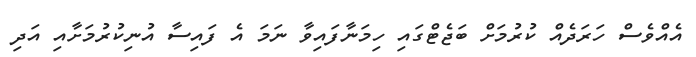
އެއްވެސް ހަރަދެއް ކުރުމަށް ބަޖެޓްގައި ހިމަނާފައިވާ ނަމަ އެ ފައިސާ އުނިކުރުމަށާއި އަދި